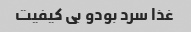
غذا سرد بودو بی کیفیت